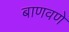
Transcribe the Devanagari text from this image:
बाणवणे